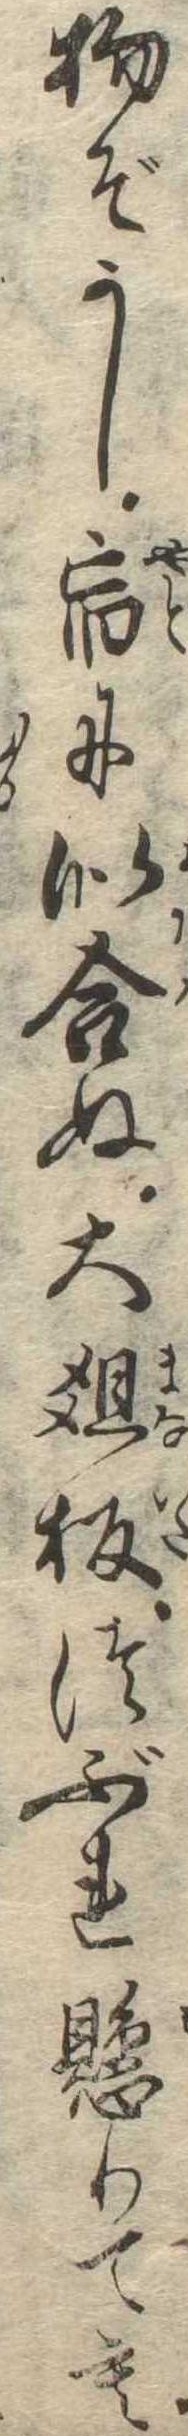
物ぞかし宿に似合ぬ大俎板つぶれ懸りても